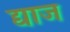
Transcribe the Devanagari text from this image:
द्याज